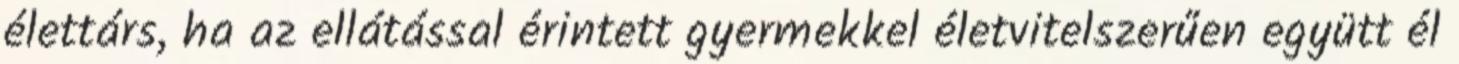
élettárs, ha az ellátással érintett gyermekkel életvitelszerűen együtt él